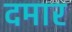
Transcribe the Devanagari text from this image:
दमार